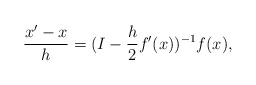
\begin{align*} \frac{x'-x}{h} = (I-\frac{h}{2}f'(x))^{-1}f(x),\end{align*}